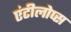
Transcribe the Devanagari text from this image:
एंटीलोप्स